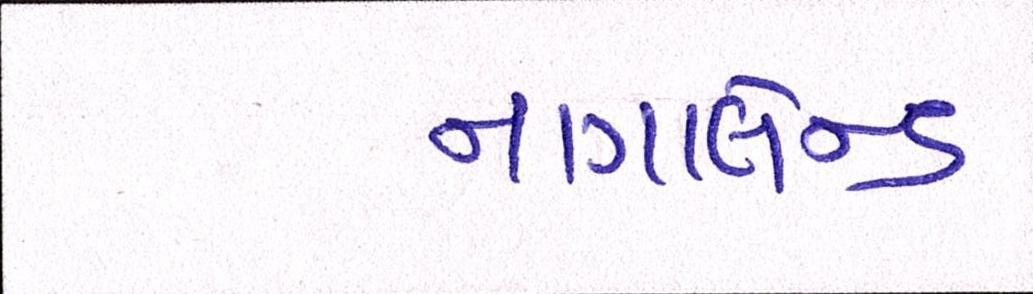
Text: નાગાલેન્ડ